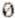
0